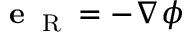
{ \bf e } _ { \mathrm { ~ \tiny ~ R ~ } } = - \nabla \phi